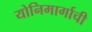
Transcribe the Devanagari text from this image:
योनिमार्गाची